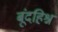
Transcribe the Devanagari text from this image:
बूंदहिश्न